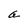
Character: a